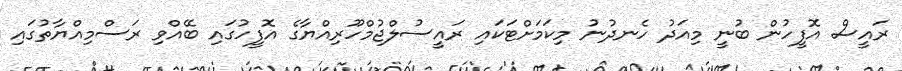
ރައީސް އޮފީހުން ބުނީ މިއަދު ހެނދުނު މިކަމަށްޓަކައި ރައީސުލްޖުމްހޫރިއްޔާގެ އޮފީހުގައި ބޭއްވި ރަސްމިއްޔާތުގައި